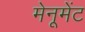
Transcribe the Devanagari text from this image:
मेनूमेंट